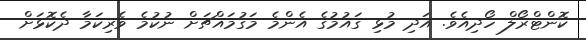
ކޮންޓްރޯލް ހޯދިއެވެ. އަދި މުޅި ގައުމުގެ އެންމެ މަގުމައްޗަށް ނުކުމެ ވެރިކަމާ ދެކޮޅަށް